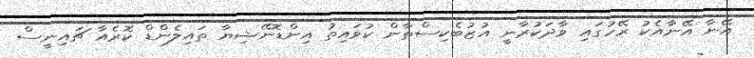
އޭނާ އޭނާއެކު ރޭހުގައި ވާދަކުރާނީ އުޒުބެކިސްތާން ކުވައިތު އިންޑޮނޭޝިޔާ ތައިލެންޑް ކޮރެއާ ޗައިނީސް